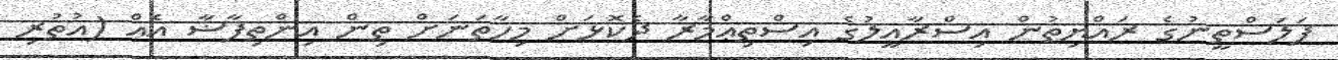
ފަލަސްތީނުގެ ރައްޔިތުން އިސްރާއީލުގެ އިސްތިޢްމާރާ ދެކޮޅަށް މިހާތަނަށް ތިން އިންތިފާޟާ އެއް (އުތުރި